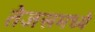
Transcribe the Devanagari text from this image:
तेजसमध्ये